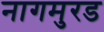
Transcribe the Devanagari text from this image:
नागमुरड